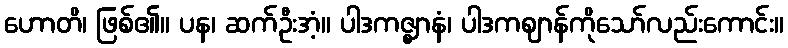
ဟောတိ၊ ဖြစ်၏။ ပန၊ ဆက်ဦးအံ့။ ပါဒကဇ္ဈာနံ၊ ပါဒကဈာန်ကိုသော်လည်းကောင်း။